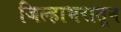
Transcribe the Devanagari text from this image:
जिल्हाभरातून